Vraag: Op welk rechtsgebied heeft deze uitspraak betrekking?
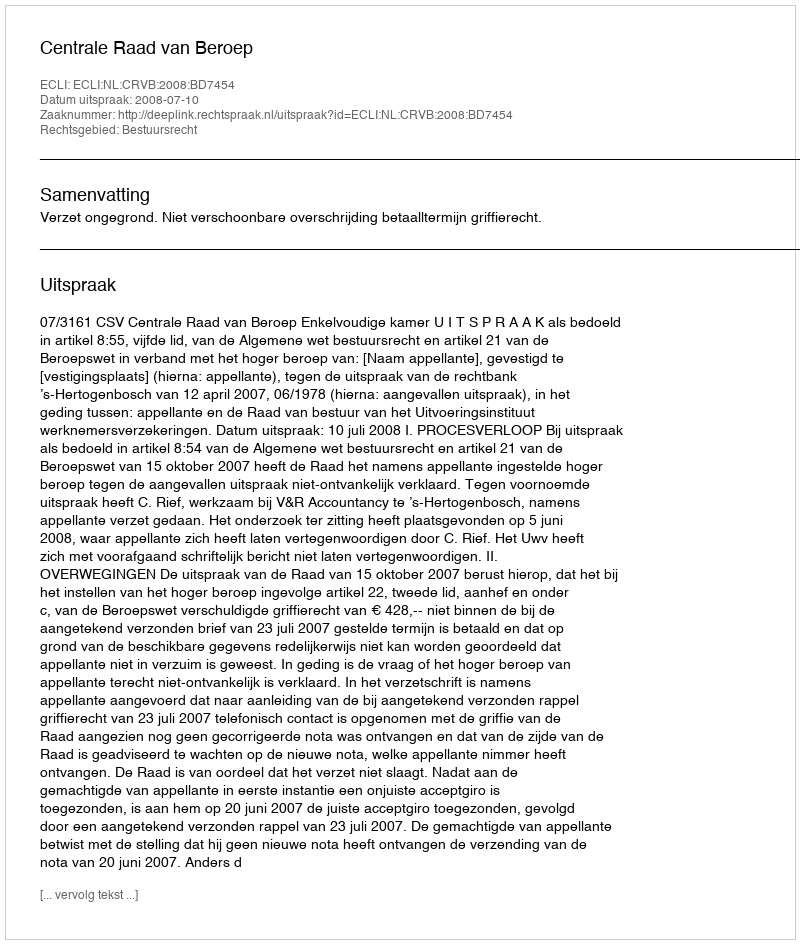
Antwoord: Bestuursrecht